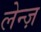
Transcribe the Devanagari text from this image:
लेन्ज़